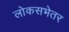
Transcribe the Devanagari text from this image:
लोकसभेतर